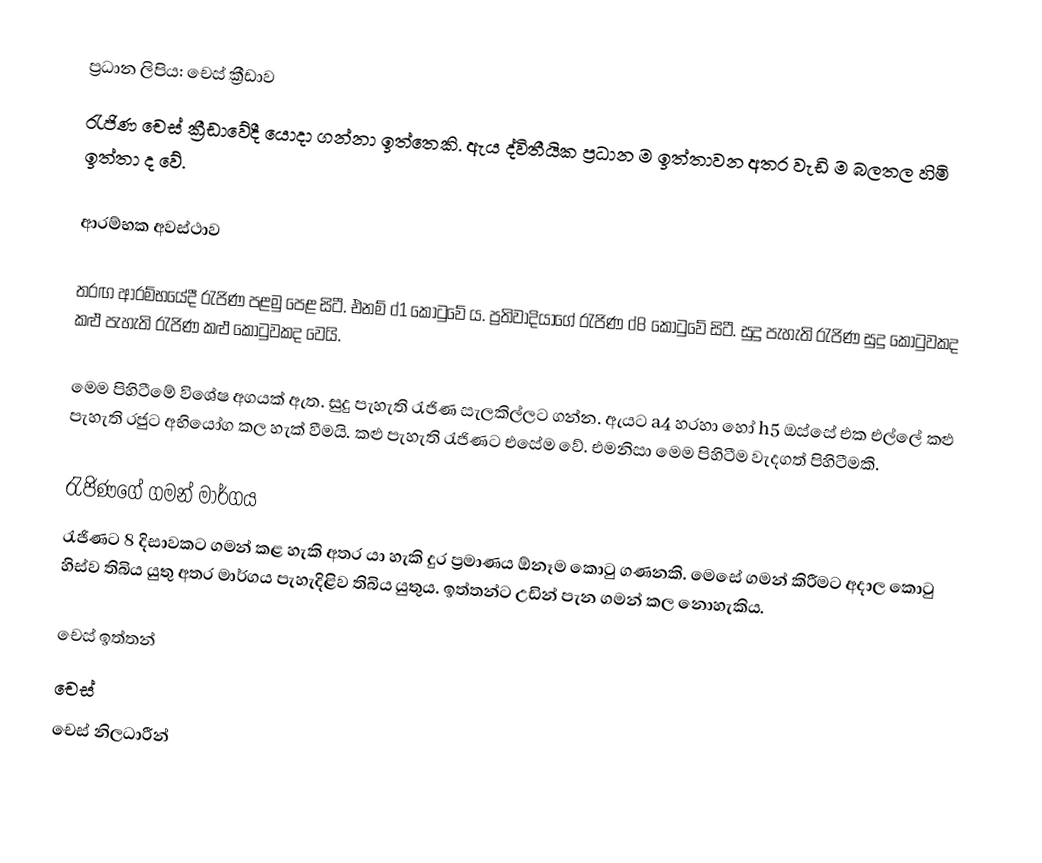
ප්‍රධාන ලිපිය: චෙස් ක්‍රීඩාව
රැජිණ චෙස් ක්‍රීඩාවේදී යොදා ගන්නා ඉත්තෙකි. ඇය ද්විතීයික ප්‍රධාන ම ඉත්තාවන අතර වැඩි ම බලතල හිමි ඉත්තා ද වේ.

ආරම්භක අවස්ථාව

තරඟ ආරම්භයේදී රැජිණ පළමු පෙළ සිටී. එනම් d1 කොටුවේ ය. ප්‍රතිවාදියාගේ රැජිණ d8 කොටුවේ සිටී. සුදු පැහැති රැජිණ සුදු කොටුවකද කළු පැහැති රැජිණ කළු කොටුවකද වෙයි.

මෙම පිහිටීමේ විශේෂ අගයක් ඇත. සුදු පැහැති රැජිණ සැලකිල්ලට ගන්න. ඇයට a4  හරහා හෝ h5 ඔස්සේ එක එල්ලේ කළු පැහැති රජුට අභියෝග කල හැක් වීමයි. කළු පැහැති රැජිණට එසේම වේ. එමනිසා මෙම පිහිටීම වැදගත් පිහිටීමකි.

රැජිණගේ ගමන් මාර්ගය
රැජිණට 8 දිසාවකට ගමන් කළ හැකි අතර යා හැකි දුර ප්‍රමාණය ඕනෑම කොටු ගණනකි. මෙසේ ගමන් කිරීමට අදාල කොටු හිස්ව තිබිය යුතු අතර මාර්ගය පැහැදිළිව තිබිය යුතුය. ඉත්තන්ට උඩින් පැන ගමන් කල නොහැකිය.

චෙස් ඉත්තන්
චෙස්
චෙස් නිලධාරීන්